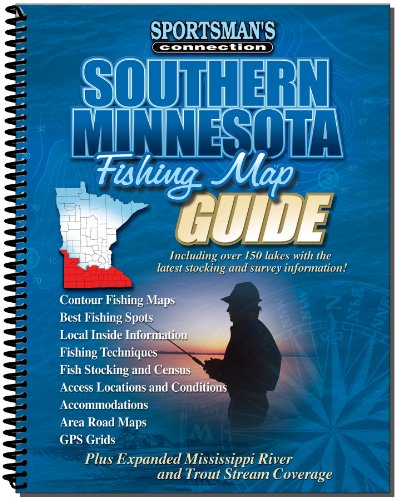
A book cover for Southern Minnesota Fishing Map Guide (Sportsman's Connection); Jim Billig; Travel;